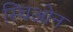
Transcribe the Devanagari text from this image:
स्चिओन